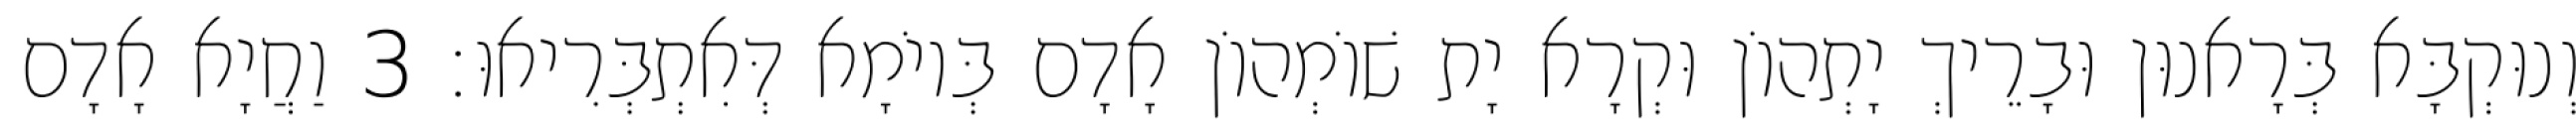
וְנוּקְבָּא בְּרָאנוּן וּבָרֵיךְ יָתְהוֹן וּקְרָא יָת שׁוֹמְהוֹן אָדָם בְּיוֹמָא דְּאִתְבְּרִיאוּ׃ 3 וַחֲיָא אָדָם